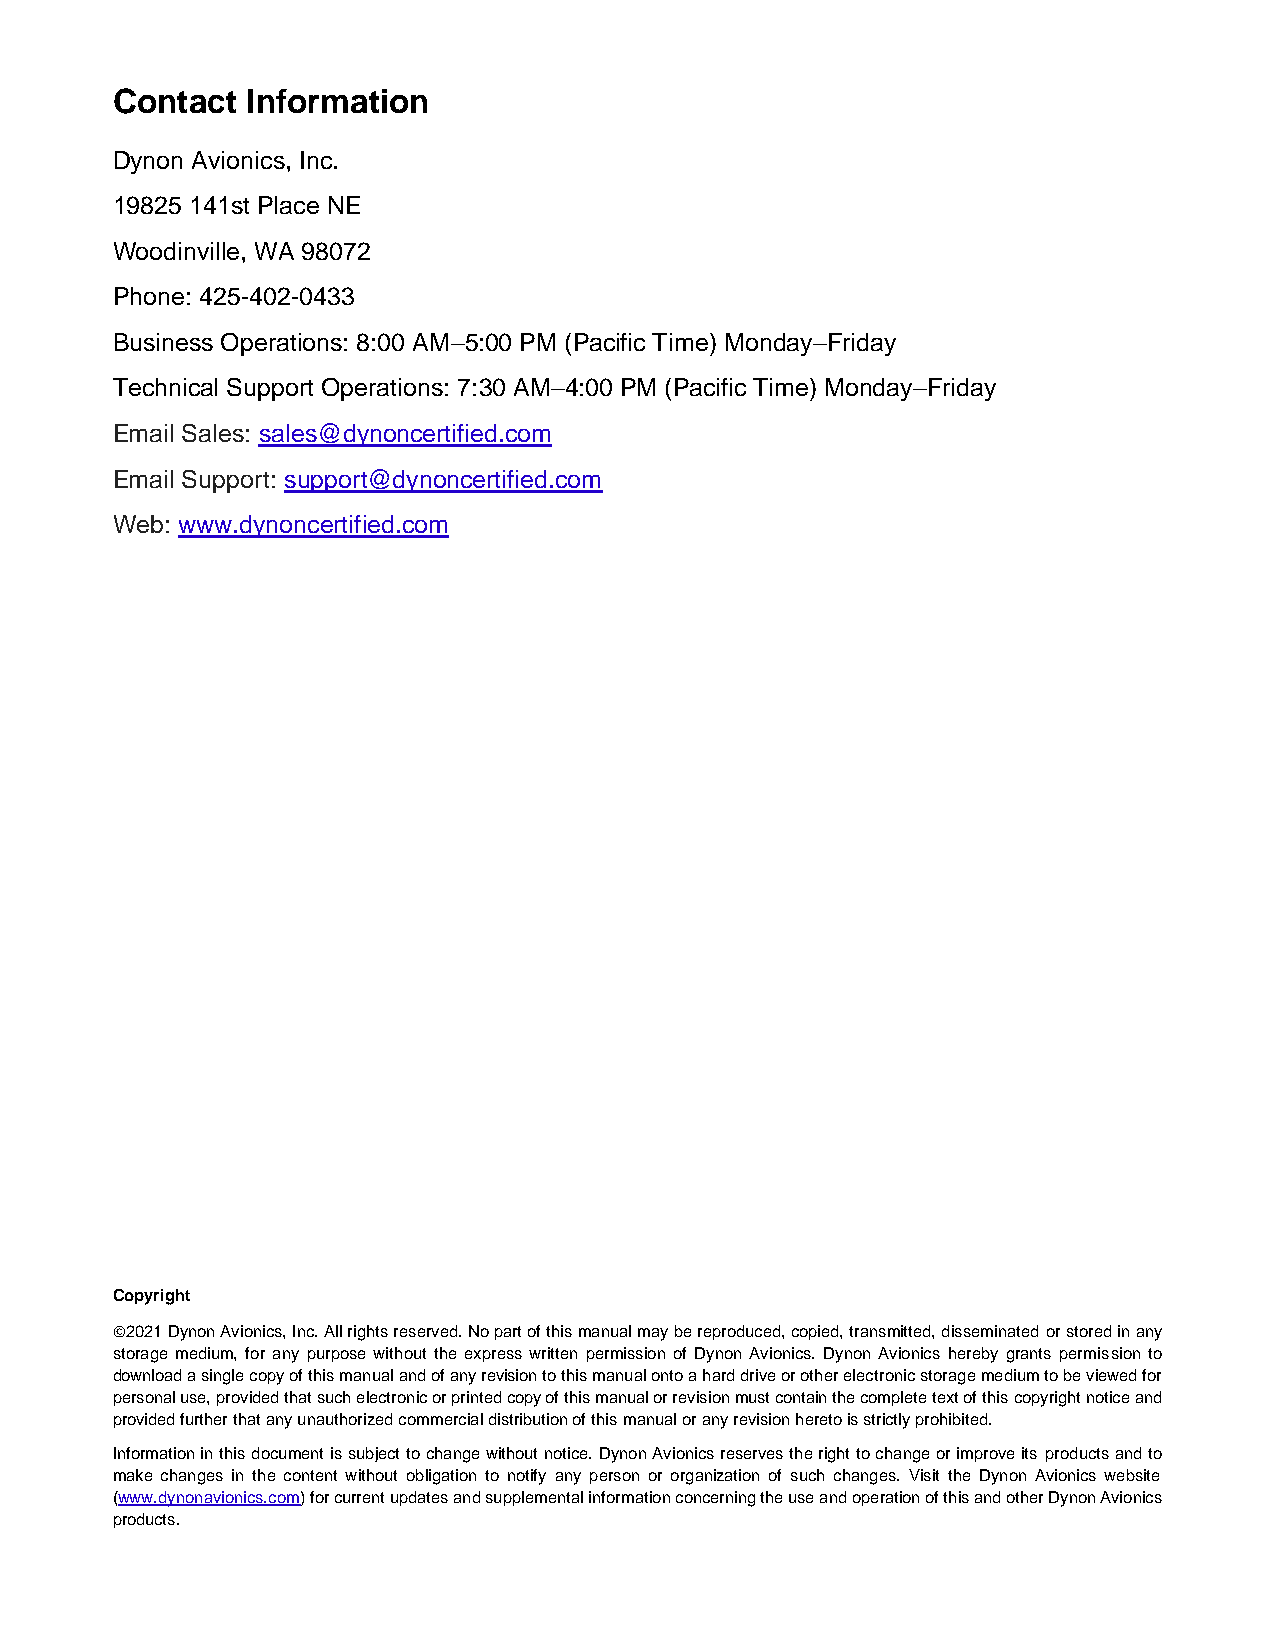
Contact  Information
 Dynon Avionics, Inc.
 19825 141st Place NE
 Woodinville, WA 98072
 Phone: 425-402-0433
 Business Operations: 8:00 AM–5:00 PM (Pacific Time) Monday–Friday
 Technical Support Operations: 7:30 AM–4:00 PM (Pacific Time) Monday–Friday
 Email Sales: sales@dynoncertified.com
 Email Support: support@dynoncertified.com
 Web: www.dynoncertified.com
 Copyright
 ©2021 Dynon Avionics, Inc. All rights reserved. No part of this manual may be reproduced, copied, transmitted, disseminated or stored in any
 storage medium, for any purpose without the express written permission of Dynon Avionics. Dynon Avionics hereby grants permission to
 download a single copy of this manual and of any revision to this manual onto a hard drive or other electronic storage medium to be viewed for
 personal use, provided that such electronic or printed copy of this manual or revision must contain the complete text of this copyright notice and
 provided further that any unauthorized commercial distribution of this manual or any revision hereto is strictly prohibited.
 Information in this document is subject to change without notice. Dynon Avionics reserves the right to change or improve its products and to
 make changes in the content without obligation to notify any person or organization of such changes. Visit the Dynon Avionics website
 (www.dynonavionics.com) for current updates and supplemental information concerning the use and operation of this and other Dynon Avionics
 products.